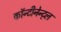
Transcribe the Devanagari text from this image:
कॉन्टीनेन्ट्ल